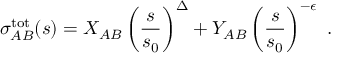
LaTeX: \sigma _ { A B } ^ { \mathrm { t o t } } ( s ) = X _ { A B } \left( \frac { s } { s _ { 0 } } \right) ^ { \Delta } + Y _ { A B } \left( \frac { s } { s _ { 0 } } \right) ^ { - \epsilon } \ .